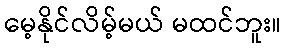
မေ့နိုင်လိမ့်မယ် မထင်ဘူး။